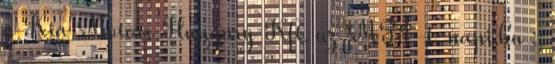
a Kia Motors Hungary Kft. az MTI-t. napi.hu ::